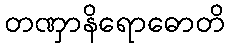
တဏှာနိရောဓောတိ